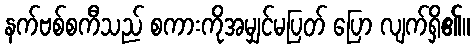
နက်ဗစ်စကီသည် စကားကိုအမျှင်မပြတ် ပြော လျက်ရှိ၏။